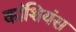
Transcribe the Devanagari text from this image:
कांशियंस